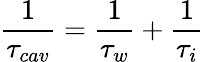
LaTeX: \frac{1}{\tau_{cav}}=\frac{1}{\tau_{w}}+\frac{1}{\tau_{i}}